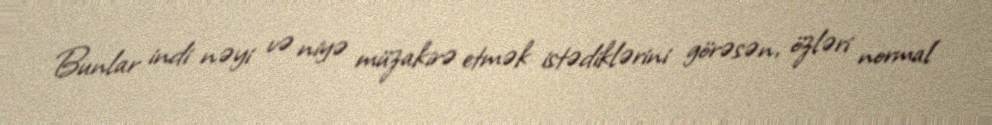
Bunlar indi nəyi və niyə müzakirə etmək istədiklərini görəsən, özləri normal